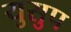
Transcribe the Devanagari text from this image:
युसुप